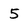
Character: 5